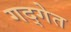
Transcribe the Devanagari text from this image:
गद्गेत